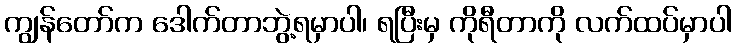
ကျွန်တော်က ဒေါက်တာဘွဲ့ရမှာပါ၊ ရပြီးမှ ကိုရီတာကို လက်ထပ်မှာပါ